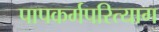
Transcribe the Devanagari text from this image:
पापकर्मपरित्याग